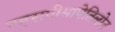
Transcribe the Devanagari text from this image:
नहसपीमापेतिलोन